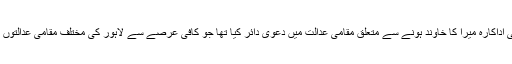
عتیق الرحمان نے بھی اداکارہ میرا کا خاوند ہونے سے متعلق مقامی عدالت میں دعویٰ دائر کیا تھا جو کافی عرصے سے لاہور کی مختلف مقامی عدالتوں میں زیر سماعت رہا۔